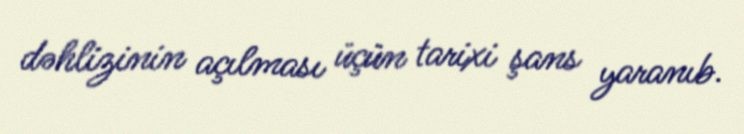
dəhlizinin açılması üçün tarixi şans yaranıb.